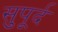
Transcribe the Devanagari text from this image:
सुुपूर्द